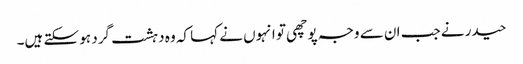
حیدر نے جب ان سے وجہ پوچھی تو انہوں نے کہا کہ وہ دہشت گرد ہو سکتے ہیں۔